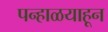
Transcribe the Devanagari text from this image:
पन्हाळयाहून